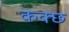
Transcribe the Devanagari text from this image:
कक्छ